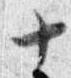
十